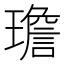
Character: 𪼤